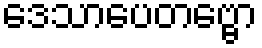
ဒေသာပေတဗ္ဗော